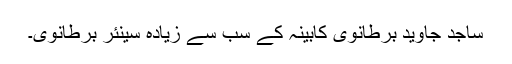
ساجد جاوید برطانوی کابینہ کے سب سے زیادہ سینئر برطانوی۔